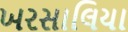
ખરસાલિયા